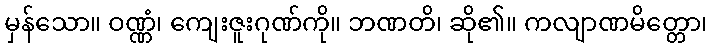
မှန်သော။ ဝဏ္ဏံ၊ ကျေးဇူးဂုဏ်ကို။ ဘဏတိ၊ ဆို၏။ ကလျာဏမိတ္တော၊